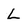
Character: L